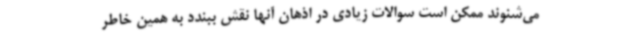
می‌شنوند ممکن است سوالات زیادی در اذهان آنها نقش ببندد به همین خاطر